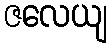
ဇလေယျ